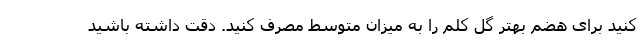
کنید برای هضم بهتر گل کلم را به میزان متوسط مصرف کنید. دقت داشته باشید